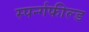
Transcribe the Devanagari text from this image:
स्पर्न्गफील्ड